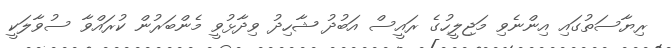
ރިޔާސަތުގައި އިންނެވި މަޖިލީހުގެ ރައީސް އަބުދު ޝާހިދު ވިދާޅުވީ މެންބަރުން ކުރައްވާ ސުވާލަކީ